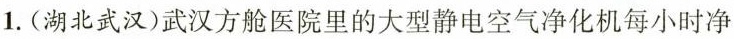
1.(湖北武汉)武汉方舱医院里的大型静电空气净化机每小时净